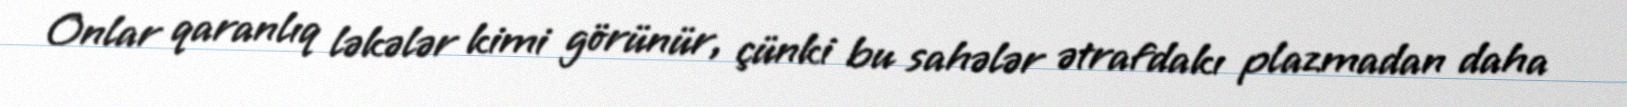
Onlar qaranlıq ləkələr kimi görünür, çünki bu sahələr ətrafdakı plazmadan daha